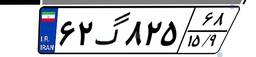
۶۲گ۸۲۵۶۸